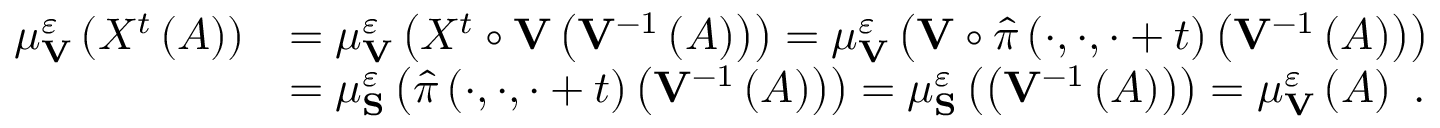
\begin{array} { r l } { \mu _ { \mathbf { V } } ^ { \varepsilon } \left( X ^ { t } \left( A \right) \right) } & { = \mu _ { \mathbf { V } } ^ { \varepsilon } \left( X ^ { t } \circ \mathbf { V } \left( \mathbf { V } ^ { - 1 } \left( A \right) \right) \right) = \mu _ { \mathbf { V } } ^ { \varepsilon } \left( \mathbf { V } \circ \hat { \pi } \left( \cdot , \cdot , \cdot + t \right) \left( \mathbf { V } ^ { - 1 } \left( A \right) \right) \right) } \\ & { = \mu _ { \mathbf { S } } ^ { \varepsilon } \left( \hat { \pi } \left( \cdot , \cdot , \cdot + t \right) \left( \mathbf { V } ^ { - 1 } \left( A \right) \right) \right) = \mu _ { \mathbf { S } } ^ { \varepsilon } \left( \left( \mathbf { V } ^ { - 1 } \left( A \right) \right) \right) = \mu _ { \mathbf { V } } ^ { \varepsilon } \left( A \right) \ . } \end{array}